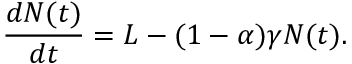
\frac { d N ( t ) } { d t } = L - ( 1 - \alpha ) \gamma N ( t ) .